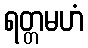
ရတ္တမဟံ